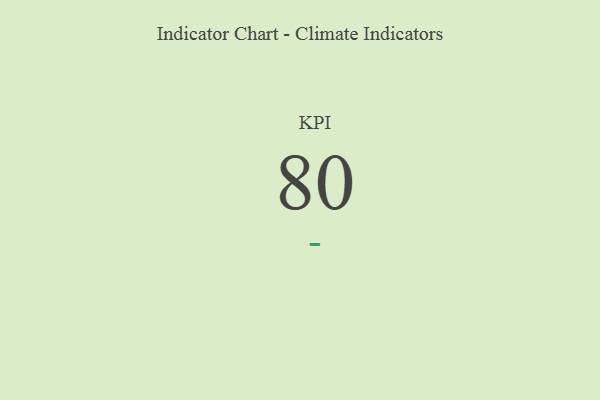
{"axis": {"x": "KPI", "y": "Value"}, "legend": [""], "data": [{"x": "KPI", "y": 80, "type": ""}]}